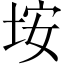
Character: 垵